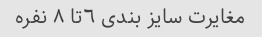
مغایرت سایز بندی ٦تا ٨ نفره